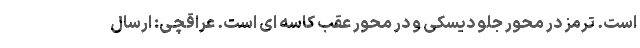
است. ترمز در محور جلو دیسکی و در محور عقب کاسه ای است. عراقچى: ارسال